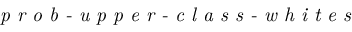
\textit { p r o b - u p p e r - c l a s s - w h i t e s }